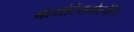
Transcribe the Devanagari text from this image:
बायोटेक्नोलोजि